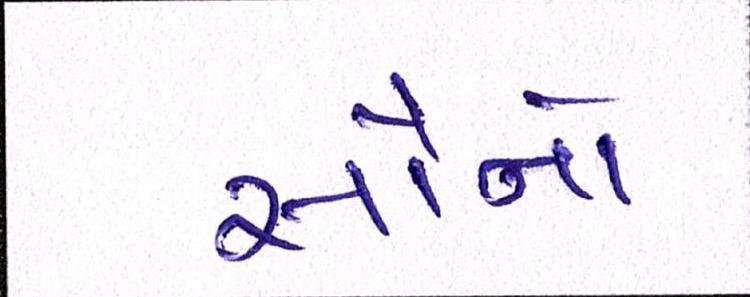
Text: સૌનો